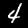
Digit: 4